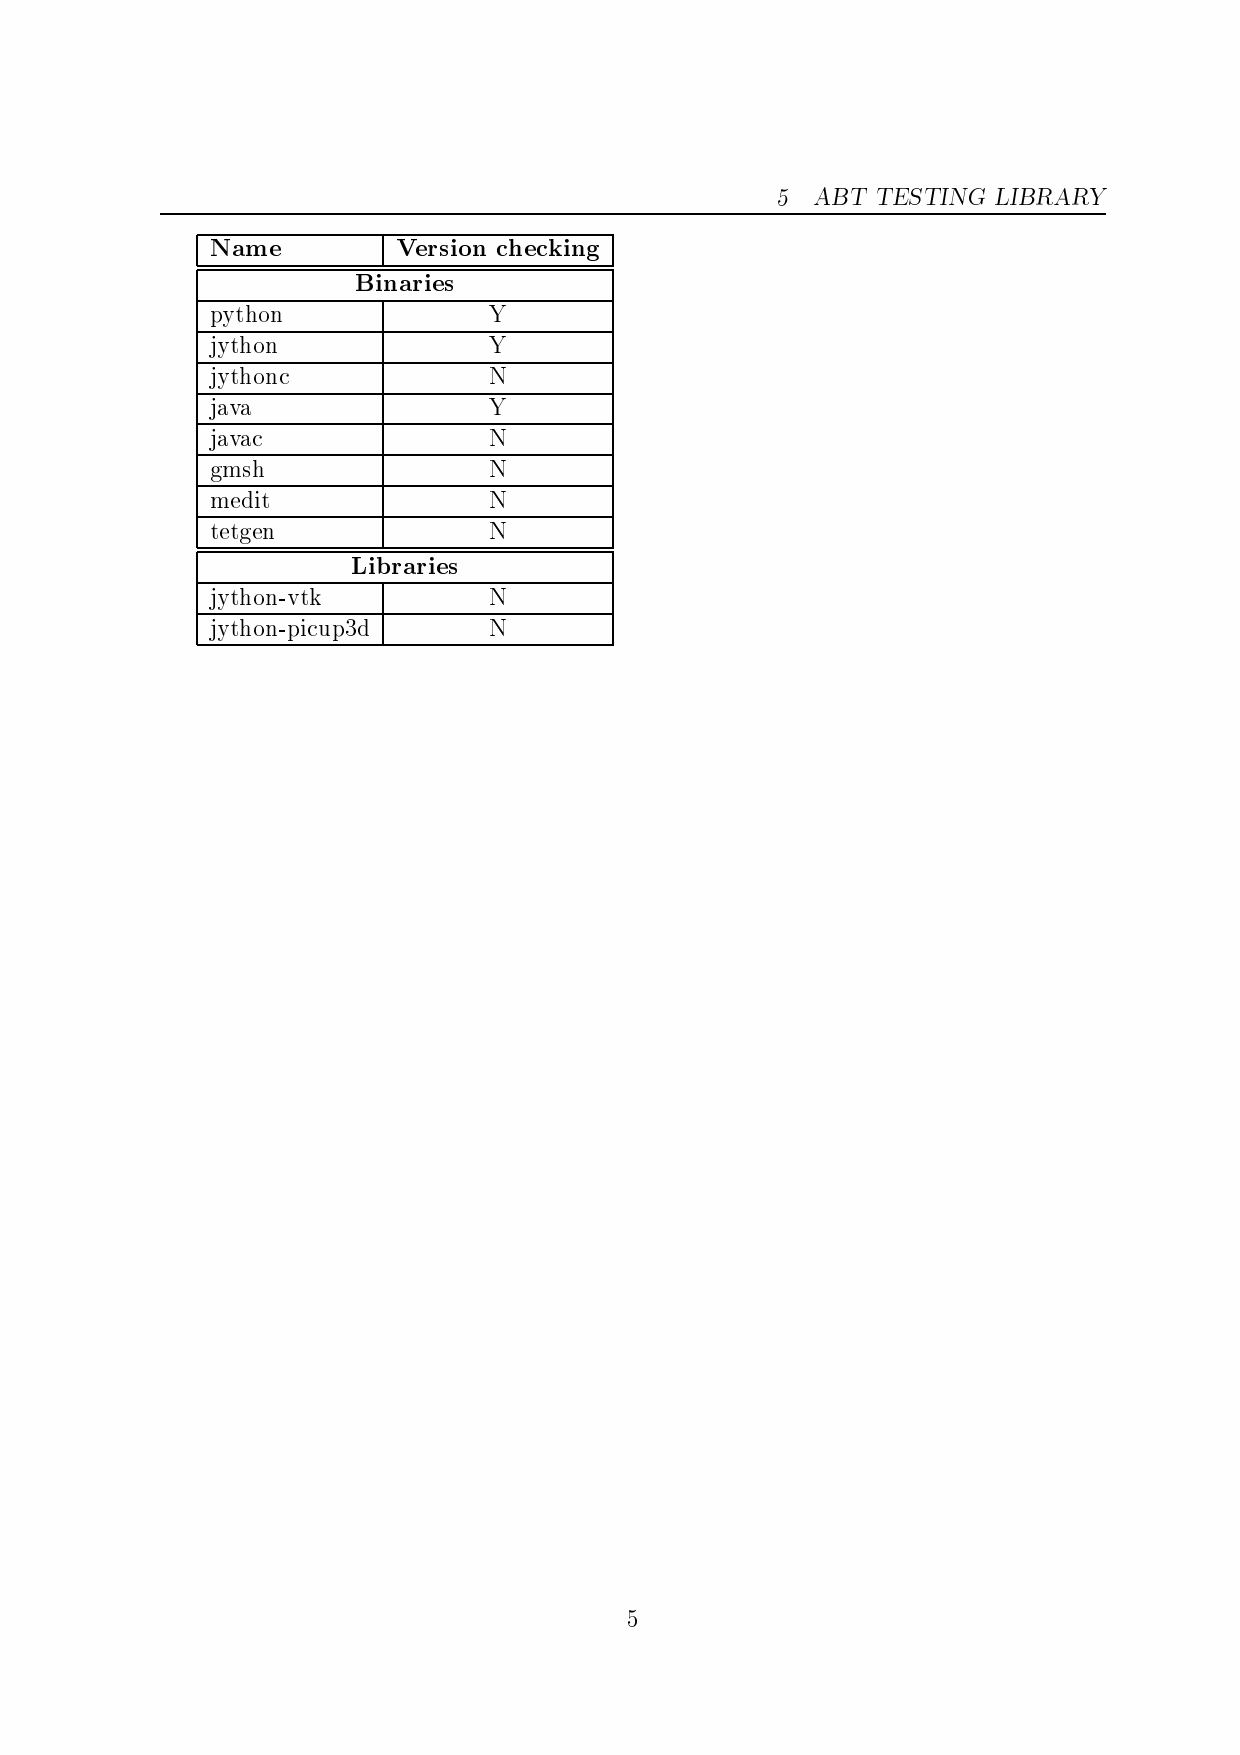
N
 p
 j
 j
 j
 j
 g
 m
 t
 j
 j
 a m
 y t h
 y t h
 y t h
 a v a
 a v a
 m s
 e d
 e t g
 y t h
 y t h
 e
 o n
 o n
 o n
 h
 i t
 e n
 o n
 o n
 -
 -
 v
 p
 t
 i
 k
 u p
 B
 L
 3 d
 i
 i
 b
 n
 V
 a
 r a
 e
 r
 r
 r s i
 i e s
 i e s
 o n
 Y
 Y
 N
 Y
 N
 N
 N
 N
 N
 N
 h e k i n g
 5
 5  A B T T E S T I N G L I B R A R Y